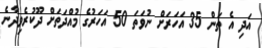
އަދި އެ ތަން 35 އަހަރަށް ނުވަތަ 50 އަހަރުގެ މުއްދަތަށް ދޫކުރެވިދާނެ